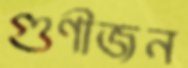
গুণীজন